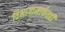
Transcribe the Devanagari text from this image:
विभागामार्फतही